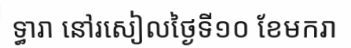
ទ្ធារា នៅរសៀលថ្ងៃទី១០ ខែមករា